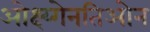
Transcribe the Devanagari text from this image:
ओक्ष्य्गेनतिओन